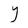
Character: Y